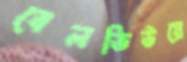
বেলভিউয়ে